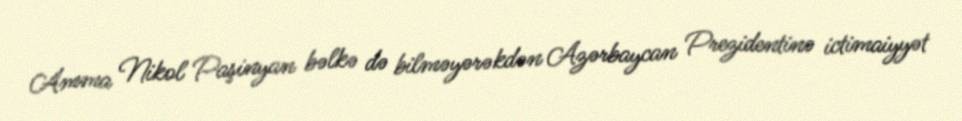
Amma Nikol Paşinyan bəlkə də bilməyərəkdən Azərbaycan Prezidentinə ictimaiyyət